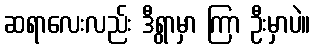
ဆရာလေးလည်း ဒီရွာမှာ ကြာ ဦးမှာပဲ။